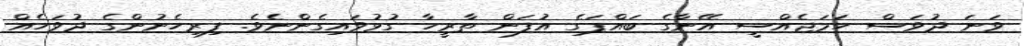
ވަނަ ދުވަސް ހަމަޖެއްސީ އޭނާގެ ބައްޕަގެ އުފަން ތާރީހާ ގުޅުވައިގެންނެވެ. ފިރިހެނުންގެ ދުވަހެއް